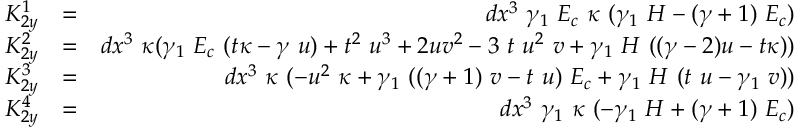
\begin{array} { r l r } { K _ { 2 y } ^ { 1 } } & { = } & { d x ^ { 3 } ~ \gamma _ { 1 } ~ E _ { c } ~ \kappa ~ ( \gamma _ { 1 } ~ H - ( \gamma + 1 ) ~ E _ { c } ) } \\ { K _ { 2 y } ^ { 2 } } & { = } & { d x ^ { 3 } ~ \kappa ( \gamma _ { 1 } ~ E _ { c } ~ ( t \kappa - \gamma ~ u ) + t ^ { 2 } ~ u ^ { 3 } + 2 u v ^ { 2 } - 3 ~ t ~ u ^ { 2 } ~ v + \gamma _ { 1 } ~ H ~ ( ( \gamma - 2 ) u - t \kappa ) ) } \\ { K _ { 2 y } ^ { 3 } } & { = } & { d x ^ { 3 } ~ \kappa ~ ( - u ^ { 2 } ~ \kappa + \gamma _ { 1 } ~ ( ( \gamma + 1 ) ~ v - t ~ u ) ~ E _ { c } + \gamma _ { 1 } ~ H ~ ( t ~ u - \gamma _ { 1 } ~ v ) ) } \\ { K _ { 2 y } ^ { 4 } } & { = } & { d x ^ { 3 } ~ \gamma _ { 1 } ~ \kappa ~ ( - \gamma _ { 1 } ~ H + ( \gamma + 1 ) ~ E _ { c } ) } \end{array}